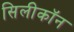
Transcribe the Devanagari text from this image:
सिलीकॉन